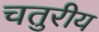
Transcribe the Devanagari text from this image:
चतुरीय